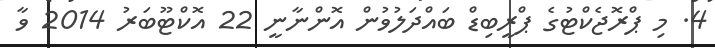
4. މި ޕްރޮޖެކްޓުގެ ޕްރީބިޑް ބައްދަލުވުން އޮންނާނީ 22 އޮކްޓޫބަރު 2014 ވާ